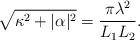
LaTeX: \begin{align*}\sqrt{\kappa^2+|\alpha|^2}=\frac{\pi \lambda^2}{L_1 L_2}.\end{align*}